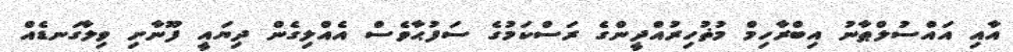
އާއި އައްސުލްޠާނު އިބްރާހިމް މުޡުހިރުއްދީންގެ ރަސްކަމުގެ ސަފުޙާވެސް އެއްލިގެން ދިޔައީ ފޫނާށި ވިލާގަނޑެއް